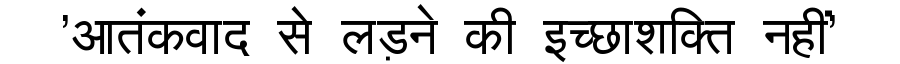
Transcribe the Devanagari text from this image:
'आतंकवाद से लड़ने की इच्छाशक्ति नहीं'